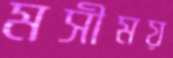
মসীময়